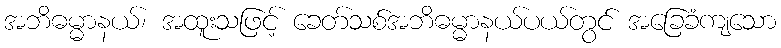
အဘိဓမ္မာနယ်၊ အထူးသဖြင့် ခေတ်သစ်အဘိဓမ္မာနယ်ပယ်တွင် အခြေခံကျသော